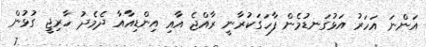
އަންނަ އަހަރު އަޅުގަނޑުމެން ފާހަގަކުރާނީ ރާއްޖެ އާއި އިންޑިއާއާ ދެމެދު ހާރިޖީ ގުޅުން